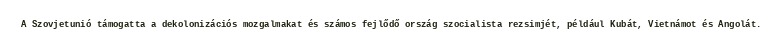
A Szovjetunió támogatta a dekolonizációs mozgalmakat és számos fejlődő ország szocialista rezsimjét, például Kubát, Vietnámot és Angolát.